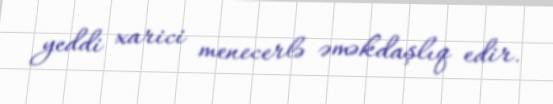
yeddi xarici menecerlə əməkdaşlıq edir.